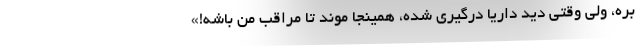
بره، ولی وقتی دید داریا درگیری شده، همینجا موند تا مراقب من باشه!»